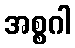
အစ္စဂါ